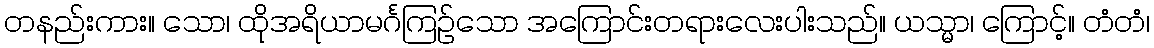
တနည်းကား။ သော၊ ထိုအရိယာမင်္ဂကြဉ်သော အကြောင်းတရားလေးပါးသည်။ ယသ္မာ၊ ကြောင့်။ တံတံ၊